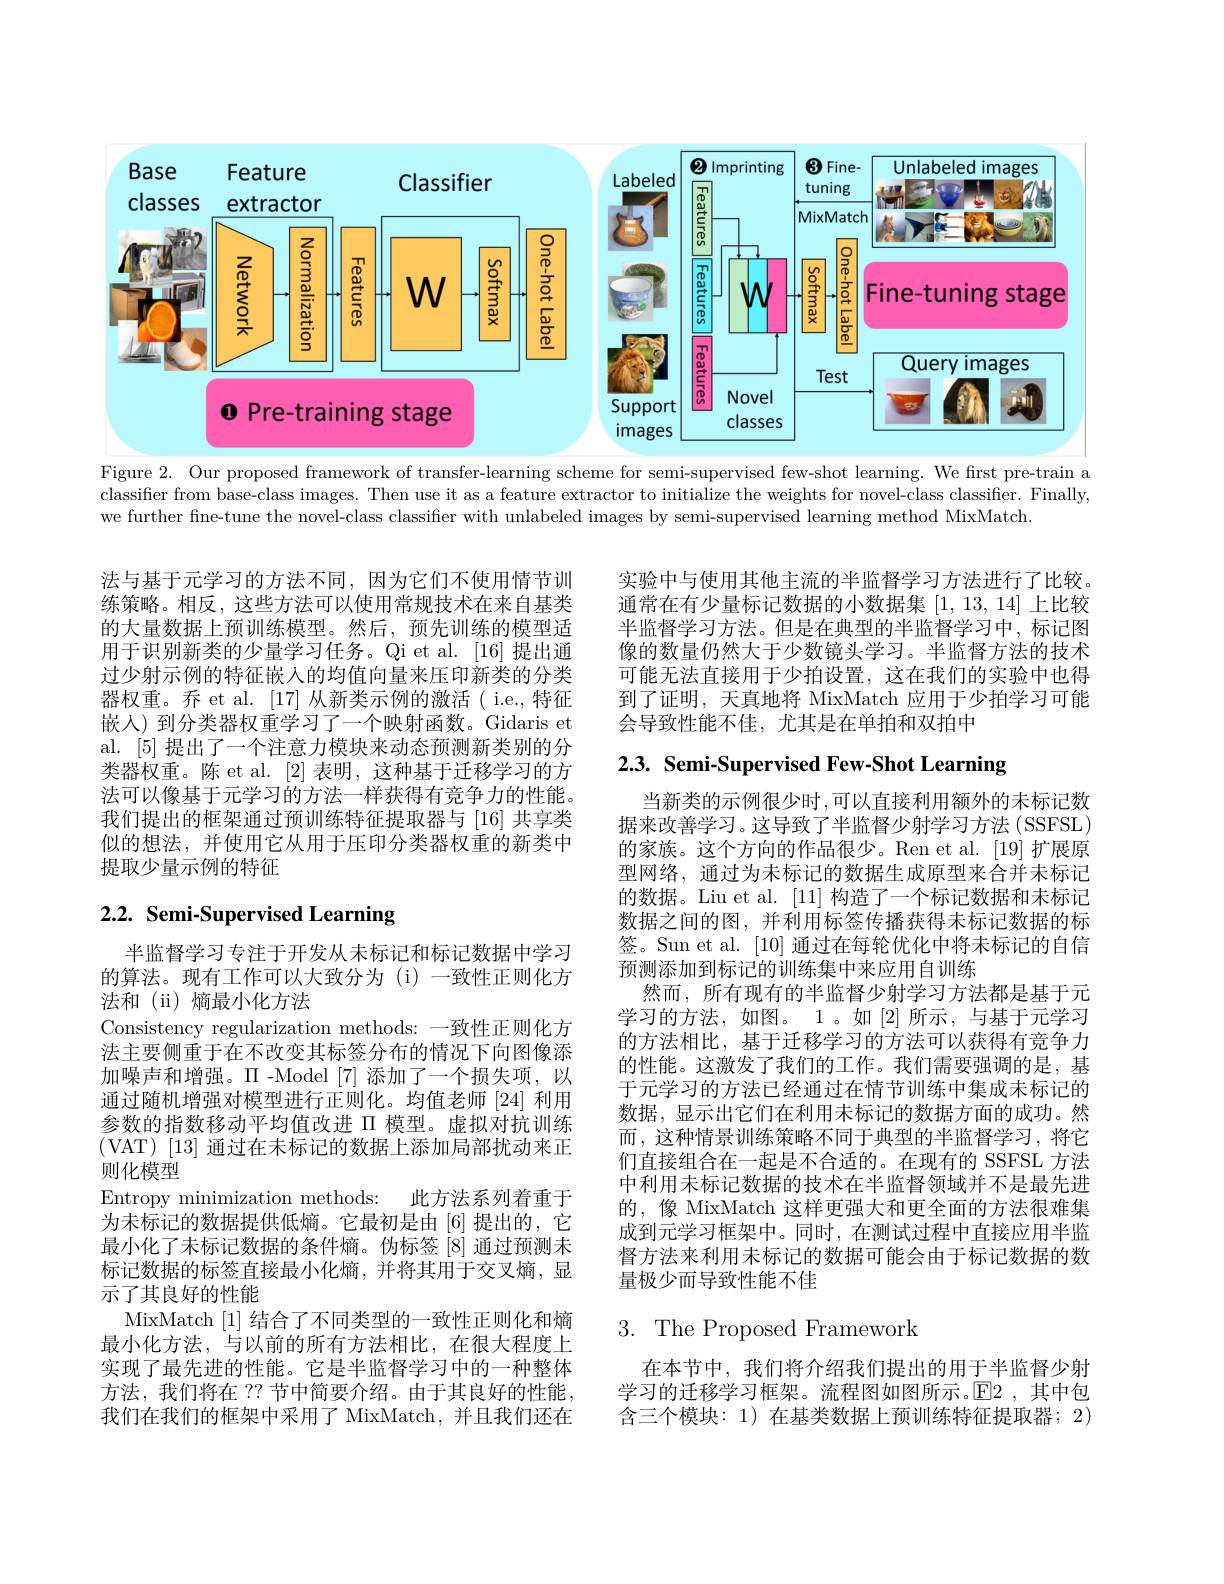
<FigureHere>
Figure 2. Our proposed framework of transfer-learning scheme for semi-supervised few-shot learning. We first pre-train a

classifier from base-class images. Then use it as a feature extractor to initialize the weights for novel-class classifier. Finally,
we further fine-tune the novel-class classifier with unlabeled images by semi-supervised learning method MixMatch

实验中与使用其他主流的半监督学习方法进行了比较。通常在有少量标记数据的小数据集[1,13,14]上比较半监督学习方法。但是在典型的半监督学习中，标记图像的数量仍然大于少数镜头学习。半监督方法的技术可能无法直接用于少拍设置，这在我们的实验中也得到了证明，天真地将 MixMatch 应用于少拍学习可能会导致性能不佳，尤其是在单拍和双拍中

法与基于元学习的方法不同，因为它们不使用情节训练策略。相反，这些方法可以使用常规技术在来自基类的大量数据上预训练模型。然后，预先训练的模型适用于识别新类的少量学习任务。Qi et al. [16] 提出通过少射示例的特征嵌入的均值向量来压印新类的分类器权重。乔 et al. [17] 从新类示例的激活( i.e.,特征嵌人)到分类器权重学习了一个映射函数。Gidaris et al. [5]提出了一个注意力模块来动态预测新类别的分类器权重。陈 et al. [2] 表明，这种基于迁移学习的方法可以像基于元学习的方法一样获得有竞争力的性能。我们提出的框架通过预训练特征提取器与 [16] 共享类似的想法，并使用它从用于压印分类器权重的新类中提取少量示例的特征

2.3. Semi-Supervised Few-Shot Learning

# 2.2. Semi-Supervised Learning

当新类的示例很少时，可以直接利用额外的未标记数据来改善学习。这导致了半监督少射学习方法 (SSFSL) 的家族。这个方向的作品很少。Ren et al. [19] 扩展原型网络，通过为未标记的数据生成原型来合并未标记的数据。Liu et al. [11]构造了一个标记数据和未标记数据之间的图，并利用标签传播获得未标记数据的标签。Sun et al. [10]通过在每轮优化中将未标记的自信预测添加到标记的训练集中来应用自训练
然而，所有现有的半监督少射学习方法都是基于元学习的方法，如图。1。如[2]所示，与基于元学习的方法相比，基于迁移学习的方法可以获得有竞争力的性能。这激发了我们的工作。我们需要强调的是，基于元学习的方法已经通过在情节训练中集成未标记的数据，显示出它们在利用未标记的数据方面的成功。然而，这种情景训练策略不同于典型的半监督学习，将它们直接组合在一起是不合适的。在现有的 SSFSL 方法中利用未标记数据的技术在半监督领域并不是最先进的，像 MixMatch 这样更强大和更全面的方法很难集成到元学习框架中。同时，在测试过程中直接应用半监督方法来利用未标记的数据可能会由于标记数据的数量极少而导致性能不佳

半监督学习专注于开发从未标记和标记数据中学习的算法。现有工作可以大致分为(i)一致性正则化方法和 (ii) 熵最小化方法
Consistency regularization methods: 一致性正则化方法主要侧重于在不改变其标签分布的情况下向图像添加噪声和增强。$\Pi$ -Model [7]添加了一个损失项，以通过随机增强对模型进行正则化。均值老师[24]利用参数的指数移动平均值改进$\Pi$模型。虚拟对抗训练(VAT)[13]通过在未标记的数据上添加局部扰动来正则化模型
Entropy minimization methods: 此方法系列着重于为未标记的数据提供低熵。它最初是由[6]提出的，它最小化了未标记数据的条件熵。伪标签[8] 通过预测未标记数据的标签直接最小化熵，并将其用于交叉熵，显示了其良好的性能
MixMatch [1]结合了不同类型的一致性正则化和熵最小化方法，与以前的所有方法相比，在很大程度上实现了最先进的性能。它是半监督学习中的一种整体方法，我们将在 ?? 节中简要介绍。由于其良好的性能， 我们在我们的框架中采用了 MixMatch, 并且我们还在

# 3. The Proposed Framework

在本节中，我们将介绍我们提出的用于半监督少射学习的迁移学习框架。流程图如图所示。$\operatorname{E}$2,其中包含三个模块：1) 在基类数据上预训练特征提取器；2)